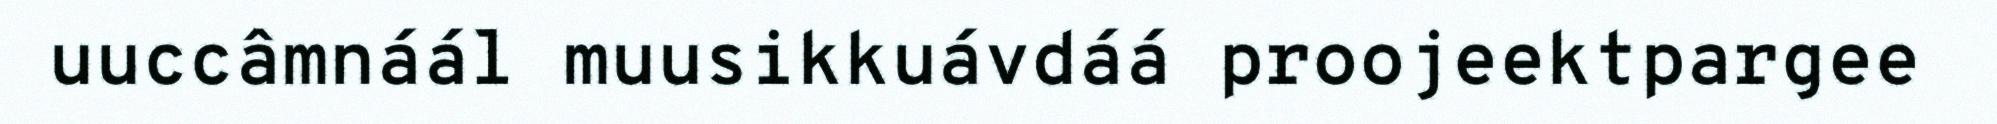
uuccâmnáál muusikkuávdáá proojeektpargee